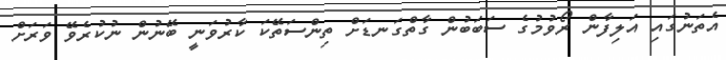
އެތަނުގައި އަލިފާން ރޯވުމުގެ ސަބަބުން ގާތްގަނޑަށް ތިންސަތޭކަ ކާރުވަނީ ބޭނުން ނުކުރެވޭ ވަރަށް